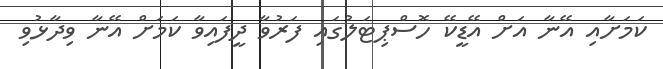
ކަމަށާއި އޭނާ އަށް އޭޑީކޭ ހޮސްޕިޓަލުގައި ފަރުވާ ދީފައިވާ ކަމަށް އޭނާ ވިދާޅުވި